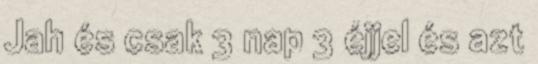
Jah és csak 3 nap 3 éjjel és azt